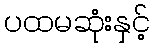
ပထမဆုံးနှင့်